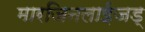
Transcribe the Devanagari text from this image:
मारजिनलाईजड्